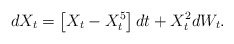
\begin{align*}dX_t = \left[ X_t - X_t^5\right]dt + X_t^2dW_t.\end{align*}